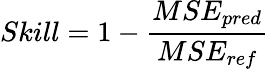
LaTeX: Skill=1-\frac{MSE_{pred}}{MSE_{ref}}